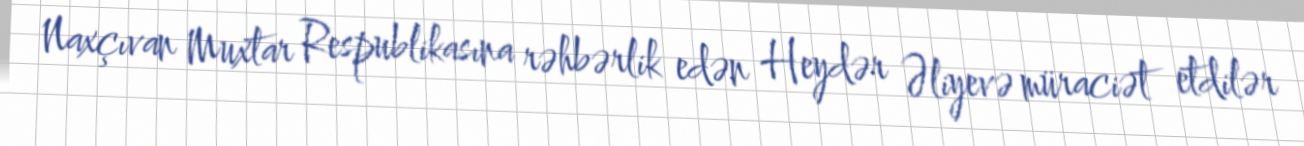
Naxçıvan Muxtar Respublikasına rəhbərlik edən Heydər Əliyevə müraciət etdilər